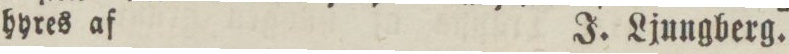
hyres af    J. Ljungberg.